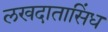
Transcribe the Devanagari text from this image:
लखदातासिंध